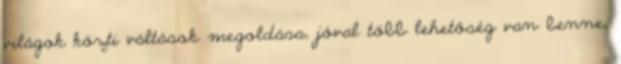
világok közti váltások megoldása, jóval több lehetőség van benne,